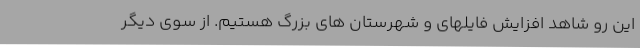
این رو شاهد افزایش فایلهای و شهرستان های بزرگ هستیم. از سوی دیگر